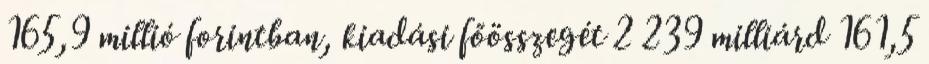
165,9 millió forintban, kiadási főösszegét 2 239 milliárd 161,5